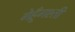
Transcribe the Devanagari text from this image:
गेहूँगश्ती